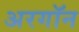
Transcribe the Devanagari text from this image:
अरगॉन